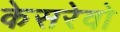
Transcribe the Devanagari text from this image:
केसरेवो